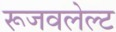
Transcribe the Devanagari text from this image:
रूजवलेल्ट